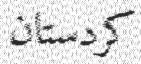
كردستان